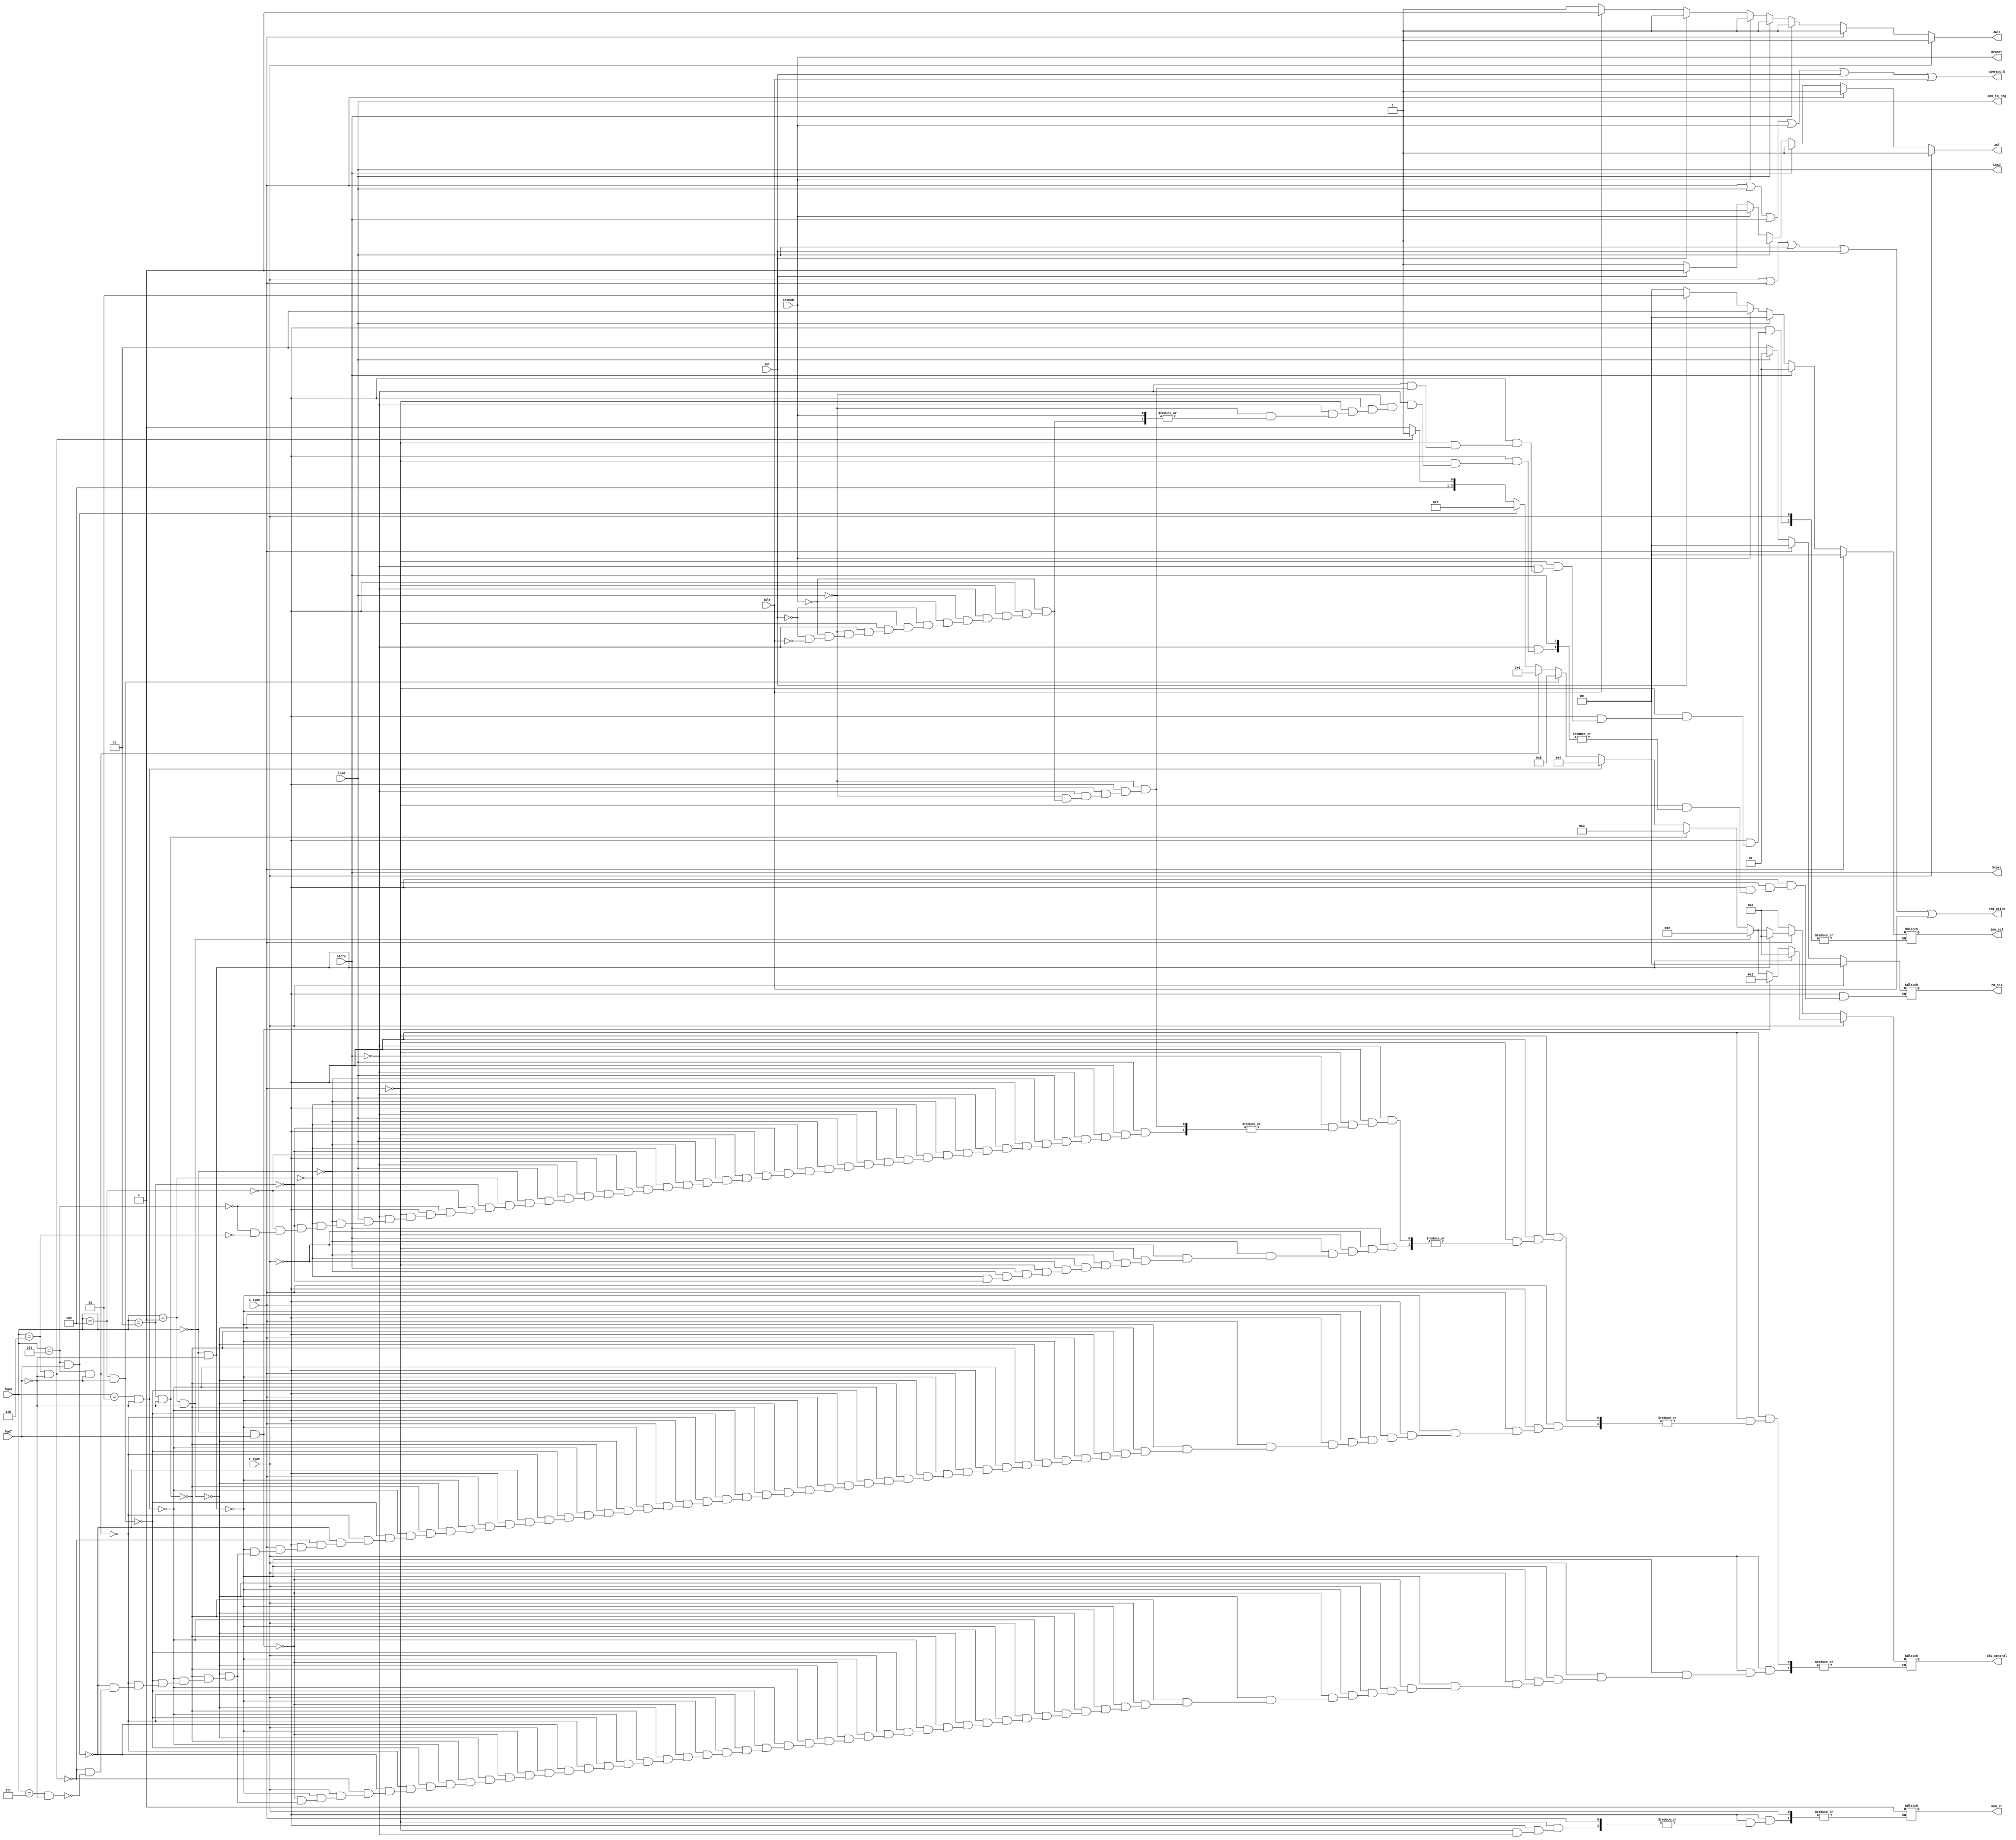
module control_decoder (
    input wire [2:0] fun3,
    input wire fun7,
    input wire i_type,
    input wire r_type,
    input wire load,
    input wire store,
    input wire branch,
    input wire jal,
    input wire jalr,

    output reg Load,
    output reg Store,
    output reg Branch,
    output reg Jal,
    output reg Jalr,
    output reg mem_to_reg,
    output reg reg_write,
    output reg mem_en,
    output reg operand_b,
    output reg [1:0]imm_sel,
    output reg [1:0]rd_sel,
    //output reg [1:0] signal,
    output reg [3:0]alu_control
);

always @(*) begin
    reg_write = r_type | i_type | load | jal | jalr;
    operand_b = i_type | load | store | branch | jal | jalr;
   // imm_sel = i_type | store;
    Load = load;
    Store = store;
    Branch = branch;
    mem_to_reg = load;
    Jal = 1'b0;
    Jalr = 1'b0;


    if(r_type)begin //rtype
        rd_sel = 2'b00;
        if(fun3==3'b000 & fun7==0)begin
            alu_control = 4'b0000;
        end
        else if(fun3==3'b000 & fun7==1)begin
            alu_control = 4'b0001;
        end
        else if (fun3==3'b001 & fun7==0)begin
            alu_control = 4'b0010;
        end
        else if (fun3==3'b010 & fun7==0)begin
            alu_control = 4'b0011;
        end
        else if (fun3==3'b011 & fun7==0)begin
            alu_control = 4'b0100;
        end
        else if (fun3==3'b100 & fun7==0)begin
            alu_control = 4'b0101;
        end
        else if (fun3==3'b101 & fun7==0)begin
            alu_control = 4'b0110;
        end
        else if (fun3==3'b101 & fun7==1)begin
            alu_control = 4'b0111;
        end
        else if (fun3==3'b110 & fun7==0)begin
            alu_control = 4'b1000;
        end
        else if (fun3==3'b111 & fun7==0)begin
            alu_control = 4'b1001;
        end
    end
    else if (i_type)begin //itype
        rd_sel = 2'b00;
        imm_sel = 2'b00;
        if(fun3==3'b000 & fun7==0)begin
            alu_control = 4'b0000;
        end
        else if (fun3==3'b001 & fun7==0)begin
            alu_control = 4'b0010;
        end
        else if (fun3==3'b010 & fun7==0)begin
            alu_control = 4'b0011;
        end
        else if (fun3==3'b011 & fun7==0)begin
            alu_control = 4'b0100;
        end
        else if (fun3==3'b100 & fun7==0)begin
            alu_control = 4'b0101;
        end
        else if (fun3==3'b101 & fun7==0)begin
            alu_control = 4'b0110;
        end
        else if (fun3==3'b101 & fun7==1)begin
            alu_control = 4'b0111;
        end
        else if (fun3==3'b110 & fun7==0)begin
            alu_control = 4'b1000;
        end
        else if (fun3==3'b111 & fun7==0)begin
            alu_control = 4'b1001;
        end
    end
    else if (store) begin //store
        imm_sel = 2'b01;
        mem_en = 1;
        if (fun3==3'b000)begin //sb
            alu_control = 4'b0000;
            //signal = 2'b00;
        end
        else if (fun3==3'b001)begin //sh
            alu_control = 4'b0000;
            //signal = 2'b01;
        end
        else if (fun3==3'b010)begin //sw
            alu_control = 4'b0000;
            //signal = 2'b10;
        end
    end
    else if (load) begin //load
        rd_sel = 2'b01;
        imm_sel = 2'b00;
        if (fun3==3'b000)begin //lb
            alu_control = 4'b0000;
        end
        else if(fun3==3'b001)begin //lh
            alu_control = 4'b0000;
        end
        else if(fun3==3'b010)begin //lw
            alu_control = 4'b0000;
        end
        else if(fun3==3'b100)begin //lbu
            alu_control = 4'b0000;
        end
        else if(fun3==3'b101)begin //lhu
            alu_control = 4'b0000;
        end
        else if(fun3==3'b110)begin //lwu
            alu_control = 4'b0000;
        end
    end
    else if (branch) begin
        imm_sel = 2'b10;
        alu_control = 4'b0000;
    end
    else if (jal) begin
        Jal = jal;
        alu_control = 4'b0000;
        imm_sel = 2'b11;
        rd_sel = 2'b10;
    end
    else if (jalr) begin
        Jalr = jalr;
        alu_control = 4'b0000;
        imm_sel = 2'b00;
        rd_sel = 2'b10;
    end
end

endmodule